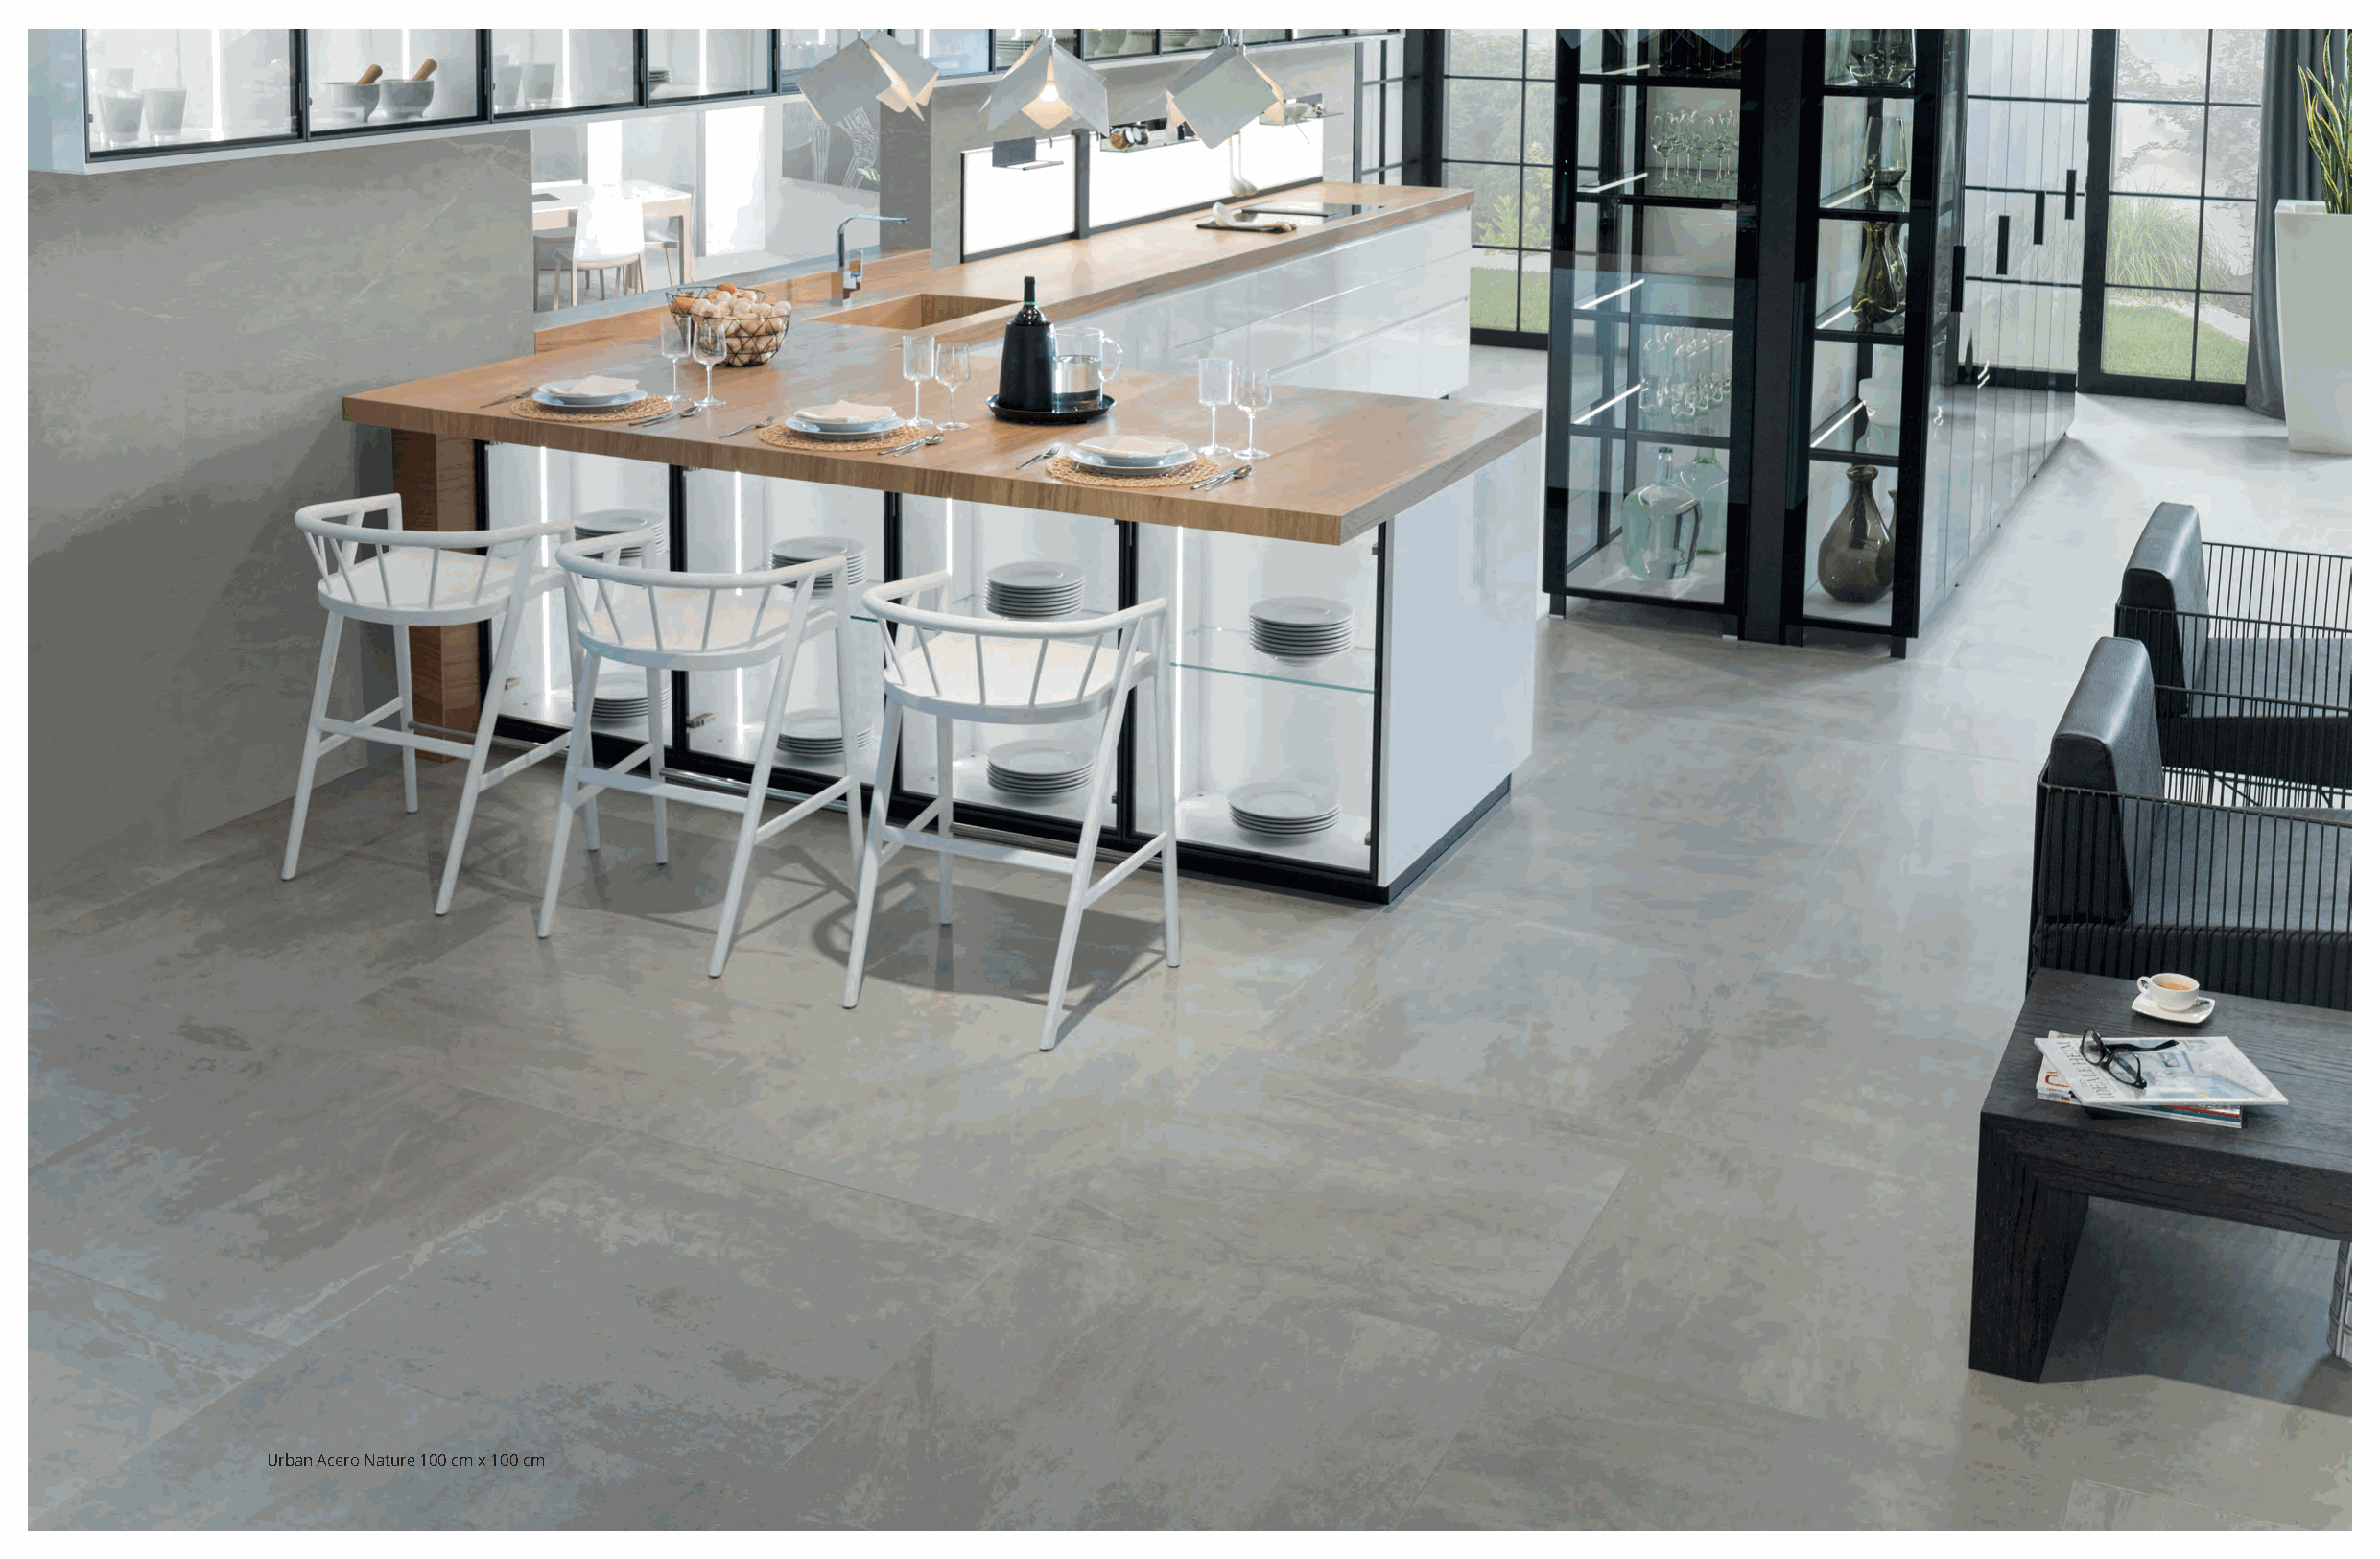
16                                                                                                                                                            17
 Urban Acero Nature 100 cm x 100 cm